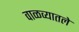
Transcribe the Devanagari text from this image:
वाळव्यातले